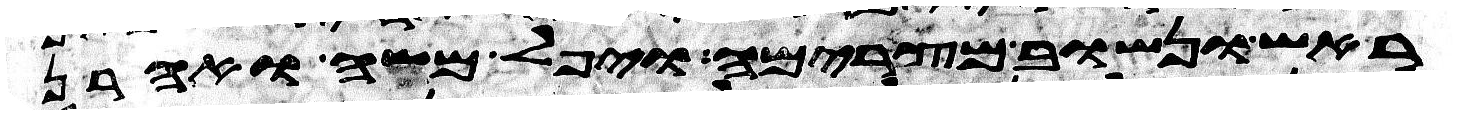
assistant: ראש ונשוב מצרימה ויפל משה ואהרן